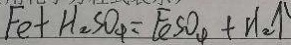
F e + H _ { 2 } S O _ { 4 } = F e S O _ { 4 } + H _ { 2 } \uparrow